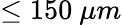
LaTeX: \leq 150\ \mu m